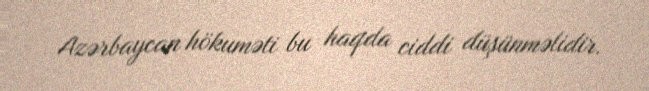
Azərbaycan hökuməti bu haqda ciddi düşünməlidir.